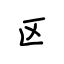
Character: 区